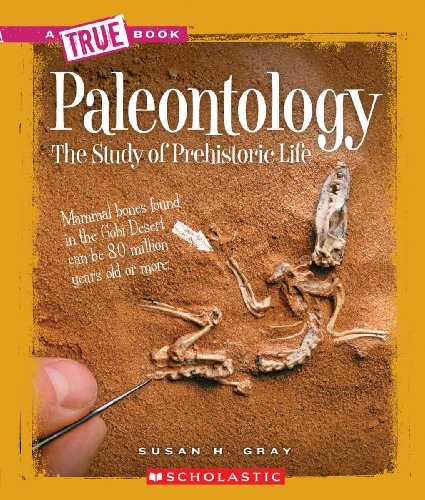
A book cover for Paleontology: The Study of Prehistoric Life (True Books: Earth Science); Susan Heinrichs Gray; Children's Books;